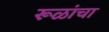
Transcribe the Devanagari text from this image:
रूळांचा